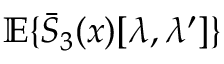
{ \mathbb E } \{ \bar { S } _ { 3 } ( x ) [ \lambda , \lambda ^ { \prime } ] \}